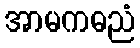
အာမကဓညံ